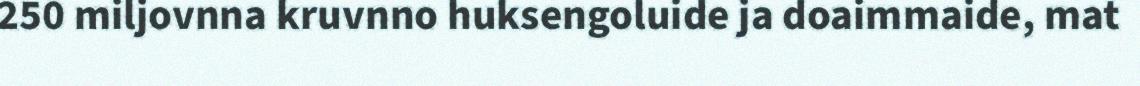
250 miljovnna kruvnno huksengoluide ja doaimmaide, mat